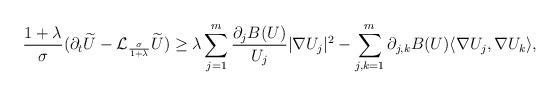
LaTeX: \begin{align*}\frac{1 + \lambda}{\sigma} (\partial_t \widetilde{U} - \mathcal{L}_{\frac{\sigma}{1+\lambda}} \widetilde{U}) & \geq \lambda \sum_{j=1}^m \frac{\partial_j B(U)}{U_j} |\nabla U_j|^2 - \sum_{j,k=1}^m \partial_{j,k}B(U)\langle \nabla U_j, \nabla U_k \rangle,\end{align*}